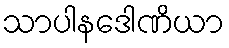
သာပါနဒေါဏိယာ